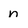
Character: n